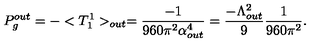
P _ { g } ^ { o u t } = - < T _ { 1 } ^ { 1 } > _ { o u t } = \frac { - 1 } { 9 6 0 \pi ^ { 2 } \alpha _ { o u t } ^ { 4 } } = \frac { - \Lambda _ { o u t } ^ { 2 } } { 9 } \frac { 1 } { 9 6 0 \pi ^ { 2 } } .